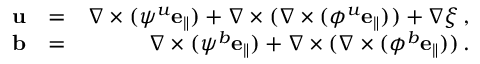
\begin{array} { r l r } { { \bf u } } & { = } & { \nabla \times ( \psi ^ { u } { \bf e _ { \parallel } } ) + \nabla \times ( \nabla \times ( \phi ^ { u } { \bf e _ { \parallel } } ) ) + \nabla \xi \, , } \\ { { \bf b } } & { = } & { \nabla \times ( \psi ^ { b } { \bf e _ { \parallel } } ) + \nabla \times ( \nabla \times ( \phi ^ { b } { \bf e _ { \parallel } } ) ) \, . } \end{array}